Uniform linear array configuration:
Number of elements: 16
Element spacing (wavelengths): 0.75
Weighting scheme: binomial
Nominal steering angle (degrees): -30
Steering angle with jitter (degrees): -29.031
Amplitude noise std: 0.05
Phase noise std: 0.05

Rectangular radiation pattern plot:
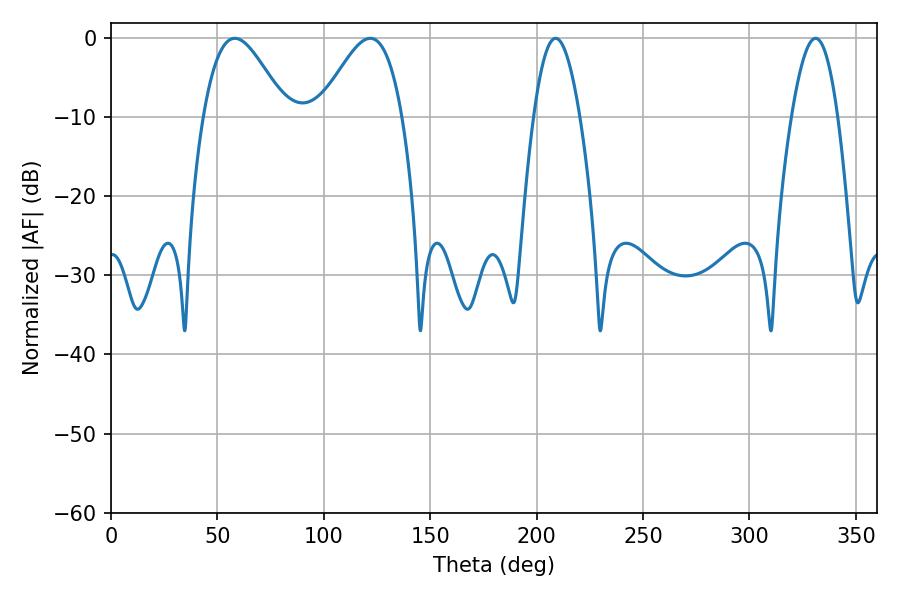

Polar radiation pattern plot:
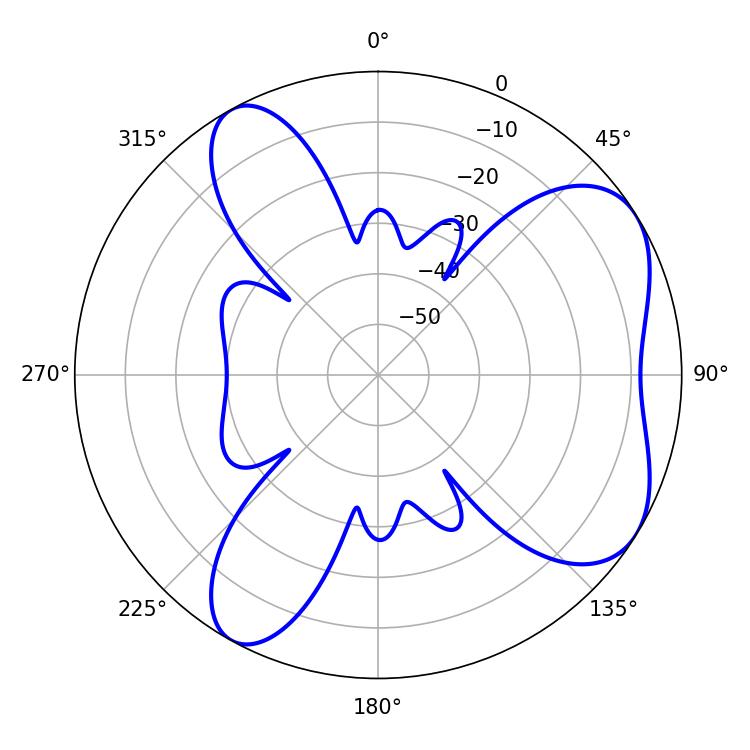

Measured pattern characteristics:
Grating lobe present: TRUE
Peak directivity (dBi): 6.007
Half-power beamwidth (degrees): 20.7
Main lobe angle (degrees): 58.14